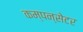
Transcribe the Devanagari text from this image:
कम्पन्सेटर